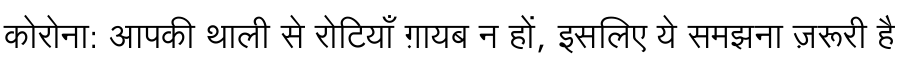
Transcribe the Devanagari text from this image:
कोरोना: आपकी थाली से रोटियाँ ग़ायब न हों, इसलिए ये समझना ज़रूरी है